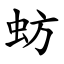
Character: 蚄